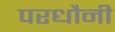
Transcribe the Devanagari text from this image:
परधौनी